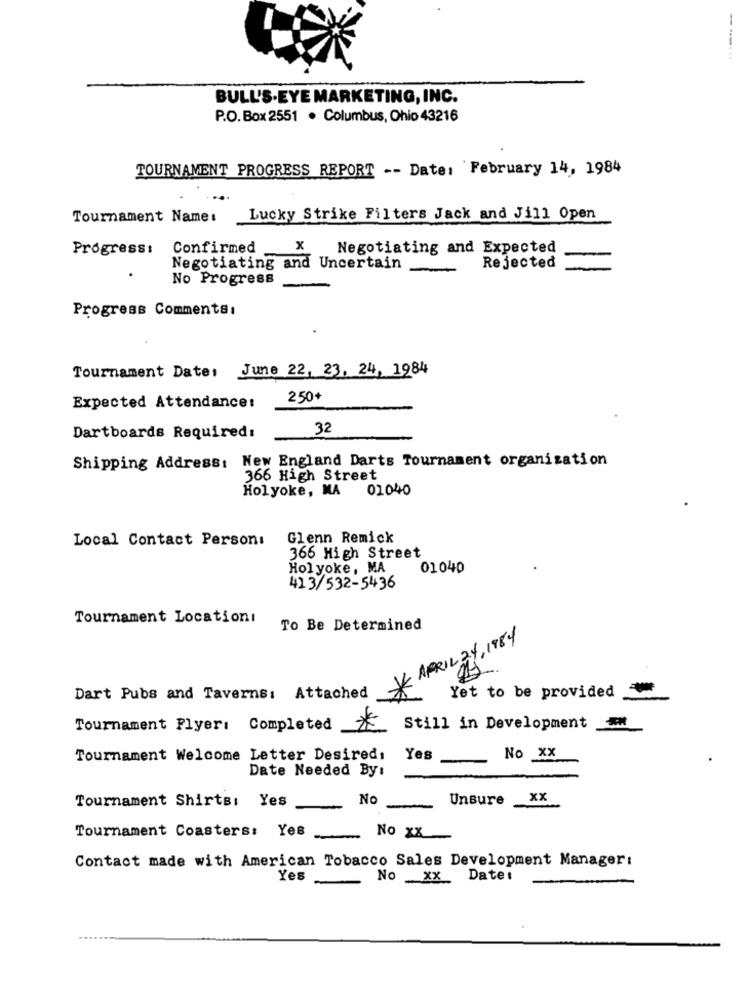
BULL'S-EYE MARKETING, INC.
P.O. Box 2551 . Columbus, Ohio 43216
TOURNAMENT PROGRESS REPORT -- Date: February 14, 1984
Tournament Name:
Lucky Strike Filters Jack and Jill Open
Progress:
Confirmed
X
Negotiating and Expected
Negotiating and Uncertain
Rejected
No Progress
Progress Comments:
Tournament Date: June 22, 23, 24, 1984
250+
Expected Attendance:
32
Dartboards Required:
Shipping Address: New England Darts Tournament organization
366 High Street
Holyoke, MA
01040
Local Contact Person: Glenn Remick
366 High Street
Holyoke, MA
01040
41 3/532-5436
Tournament Locationi
To Be Determined
APRIL 24, 1984
Dart Pubs and Taverns: Attached
Yet to be provided
Tournament Flyer: Completed
Still in Development
Tournament Welcome Letter Desired:
Yes
No XX
Date Needed By:
Tournament Shirts: Yes
No
Unsure
XX
Tournament Coasters: Yes
-
No XX
Contact made with American Tobacco Sales Development Manager:
Yes
-
No xx Date: